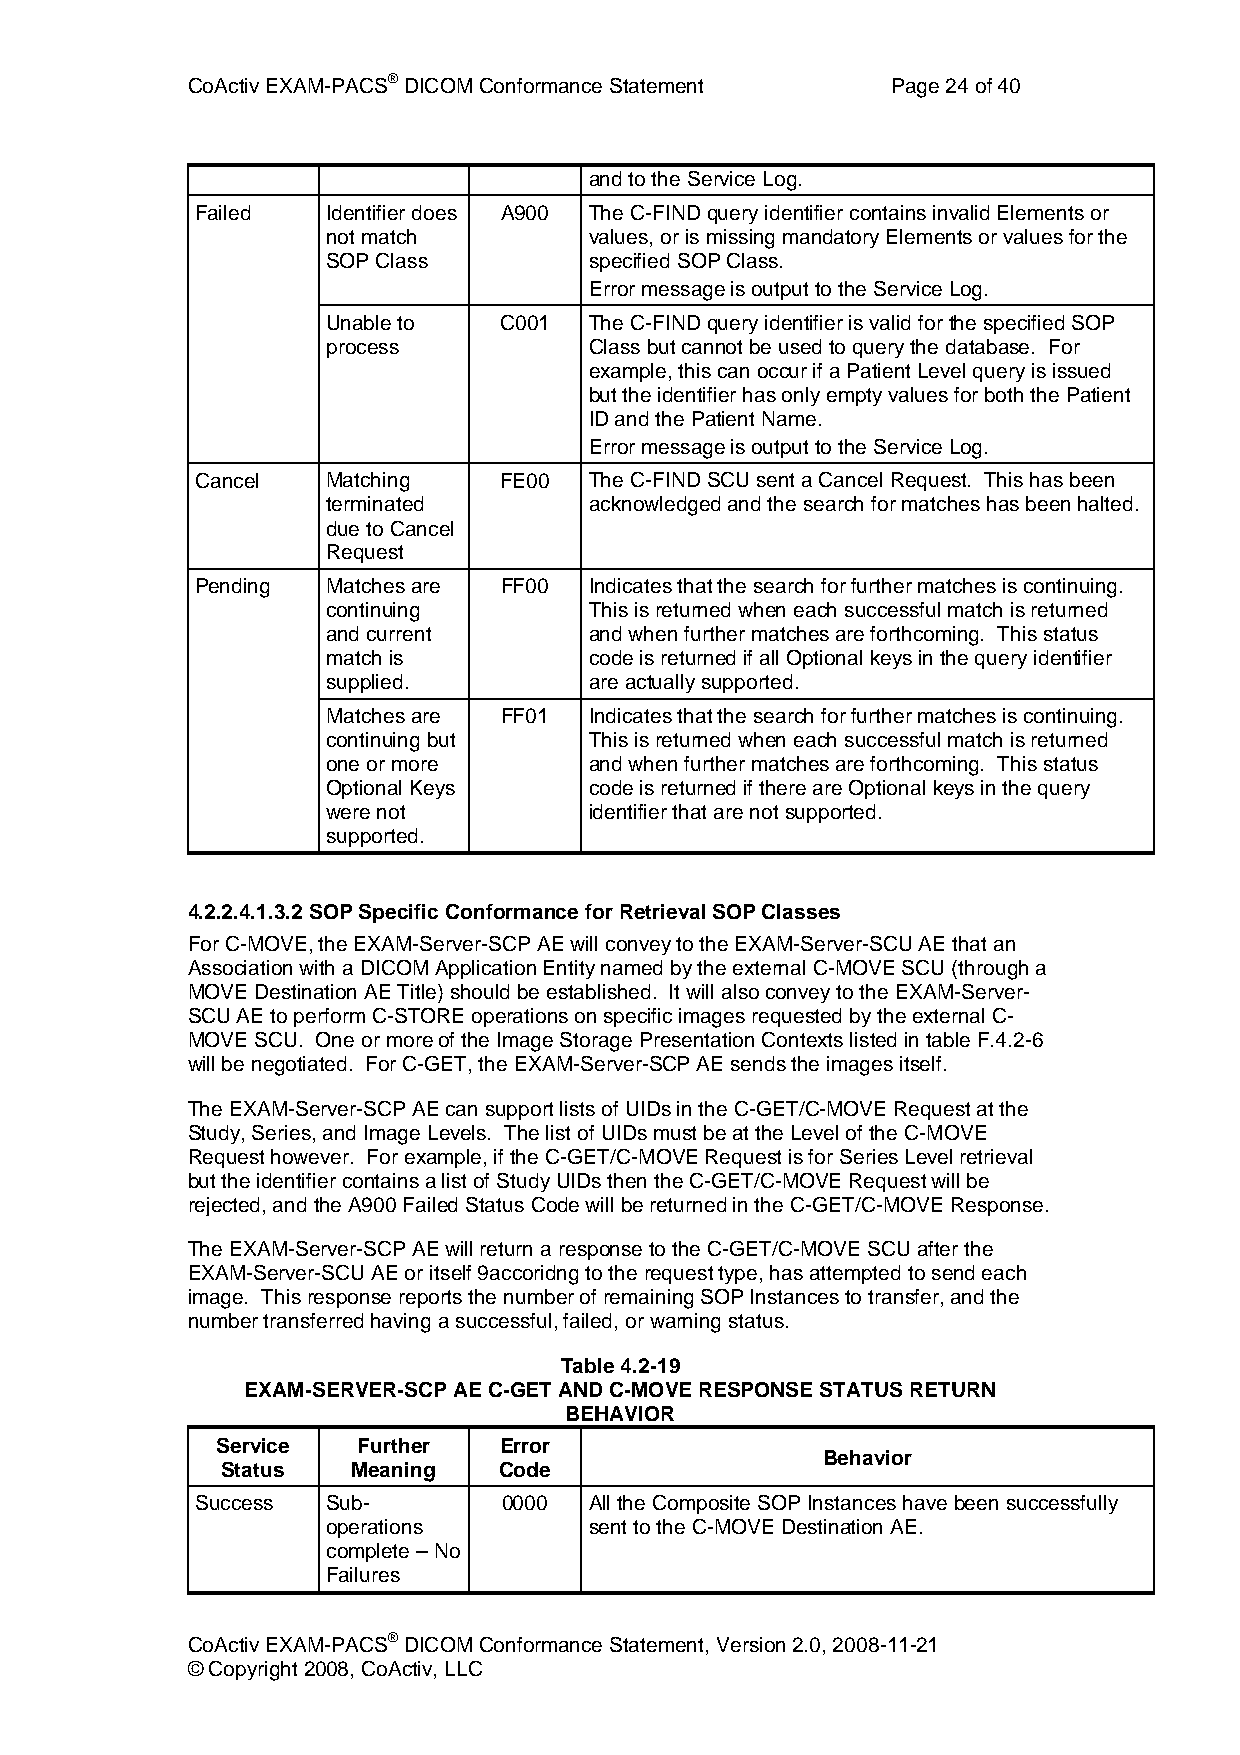
CoActiv EXAM-PACS® DICOM Conformance Statement Page 24 of 40
 and to the Service Log.
 Failed   Identifier does A900 The C-FIND query identifier contains invalid Elements or
 not match        values, or is missing mandatory Elements or values for the
 SOP Class        specified SOP Class.
 Error message is output to the Service Log.
 Unable to  C001  The C-FIND query identifier is valid for the specified SOP
 process          Class but cannot be used to query the database. For
 example, this can occur if a Patient Level query is issued
 but the identifier has only empty values for both the Patient
 ID and the Patient Name.
 Error message is output to the Service Log.
 Cancel   Matching   FE00  The C-FIND SCU sent a Cancel Request. This has been
 terminated       acknowledged and the search for matches has been halted.
 due to Cancel
 Request
 Pending  Matches are FF00 Indicates that the search for further matches is continuing.
 continuing       This is returned when each successful match is returned
 and current      and when further matches are forthcoming. This status
 match is         code is returned if all Optional keys in the query identifier
 supplied.        are actually supported.
 Matches are FF01 Indicates that the search for further matches is continuing.
 continuing but   This is returned when each successful match is returned
 one or more      and when further matches are forthcoming. This status
 Optional Keys    code is returned if there are Optional keys in the query
 were not         identifier that are not supported.
 supported.
 4.2.2.4.1.3.2 SOP Specific Conformance for Retrieval SOP Classes
 For C-MOVE, the EXAM-Server-SCP AE will convey to the EXAM-Server-SCU AE that an
 Association with a DICOM Application Entity named by the external C-MOVE SCU (through a
 MOVE Destination AE Title) should be established. It will also convey to the EXAM-Server-
 SCU AE to perform C-STORE operations on specific images requested by the external C-
 MOVE SCU. One or more of the Image Storage Presentation Contexts listed in table F.4.2-6
 will be negotiated. For C-GET, the EXAM-Server-SCP AE sends the images itself.
 The EXAM-Server-SCP AE can support lists of UIDs in the C-GET/C-MOVE Request at the
 Study, Series, and Image Levels. The list of UIDs must be at the Level of the C-MOVE
 Request however. For example, if the C-GET/C-MOVE Request is for Series Level retrieval
 but the identifier contains a list of Study UIDs then the C-GET/C-MOVE Request will be
 rejected, and the A900 Failed Status Code will be returned in the C-GET/C-MOVE Response.
 The EXAM-Server-SCP AE will return a response to the C-GET/C-MOVE SCU after the
 EXAM-Server-SCU AE or itself 9accoridng to the request type, has attempted to send each
 image. This response reports the number of remaining SOP Instances to transfer, and the
 number transferred having a successful, failed, or warning status.
 Table 4.2-19
 EXAM-SERVER-SCP AE C-GET AND C-MOVE RESPONSE STATUS RETURN
 BEHAVIOR
 Service   Further  Error
 Behavior
 Status  Meaning   Code
 Success  Sub-       0000  All the Composite SOP Instances have been successfully
 operations       sent to the C-MOVE Destination AE.
 complete – No
 Failures
 CoActiv EXAM-PACS® DICOM Conformance Statement, Version 2.0, 2008-11-21
 © Copyright 2008, CoActiv, LLC